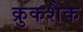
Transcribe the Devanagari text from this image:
क्रुकशैक